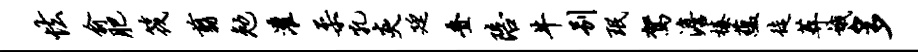
怯俞肥筏翦勉灌柔孔炎廷叠陪牛别珉驾澹榛蕴徒葬娥多